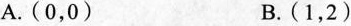
A.(0，0) B.(1，2)